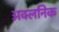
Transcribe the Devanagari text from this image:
अक्लनिक